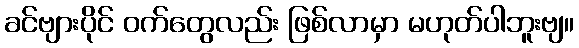
ခင်ဗျားပိုင် ဝက်တွေလည်း ဖြစ်လာမှာ မဟုတ်ပါဘူးဗျ။